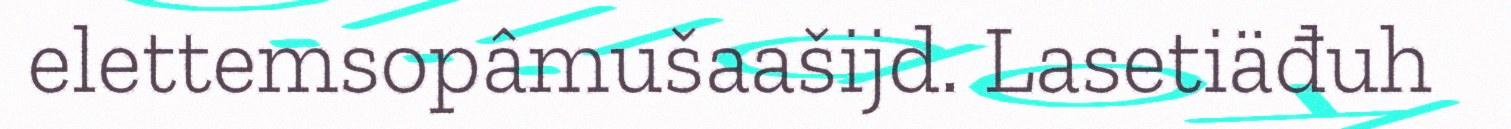
elettemsopâmušaašijd. Lasetiäđuh